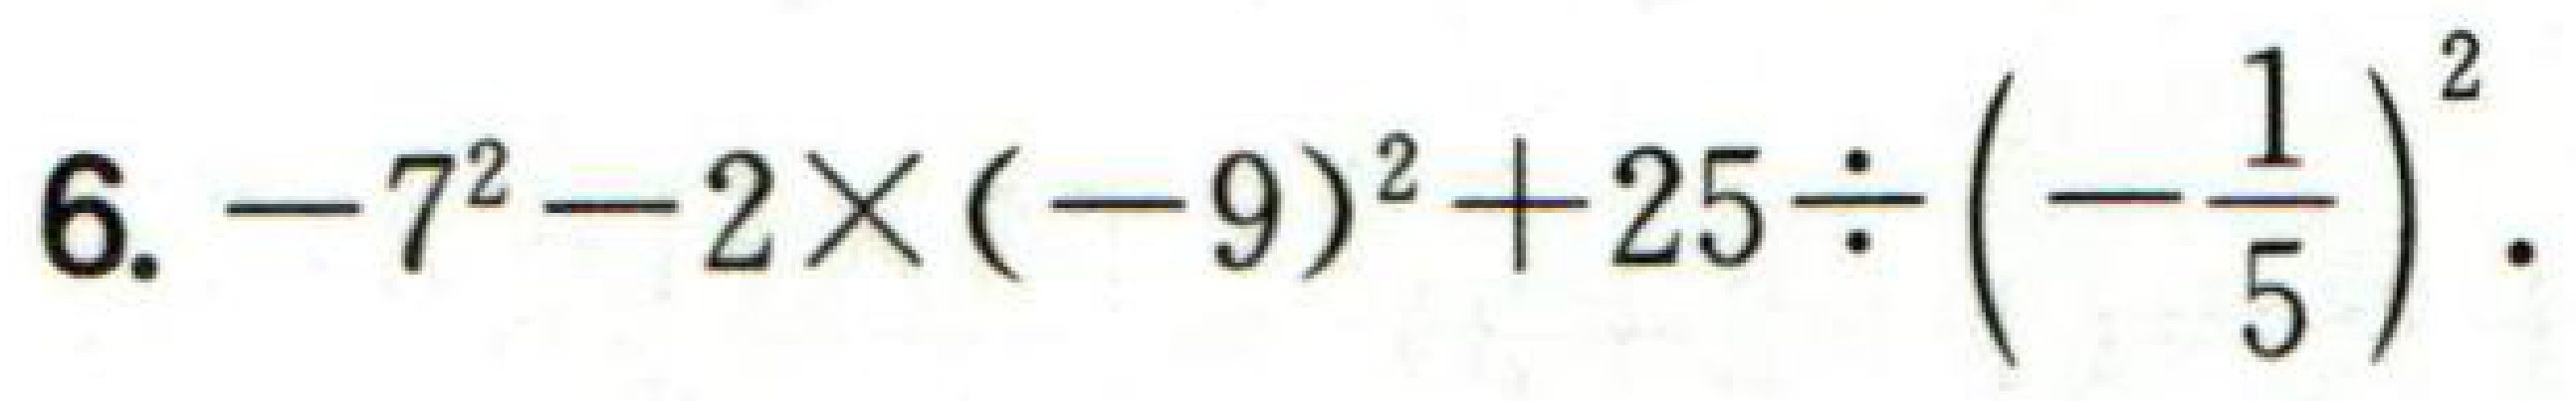
\(6. - 7^{2}-2\times(-9)^{2}+25\div\left(-\frac{1}{5}\right)^{2}.\)